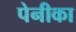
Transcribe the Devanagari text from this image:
पेनीका